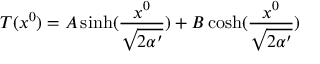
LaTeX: T ( x ^ { 0 } ) = A \sinh ( \frac { x ^ { 0 } } { \sqrt { 2 \alpha ^ { \prime } } } ) + B \cosh ( \frac { x ^ { 0 } } { \sqrt { 2 \alpha ^ { \prime } } } )